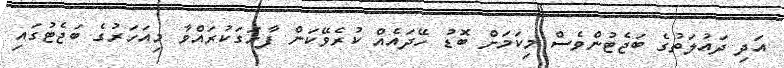
އަދި ދައުލަތުގެ ބަޖެޓުންވެސް މިކަމަށް ބޮޑު ހޭދައެއް ކުރެވޭކަން ފާހަގަކުރައްވާ މިއަހަރުގެ ބަޖެޓުގައި